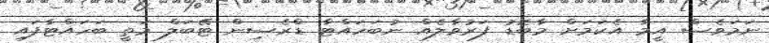
ނަމަވެސް އީމާ އެކަމަށް މާބޮޑު ފަރުވާލެއް ނުބަހައްޓާ ޑްރެސިން ޓޭބަލް މަތީ ބަހައްޓާފައި